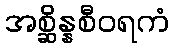
အစ္ဆိန္နစီဝရကံ